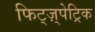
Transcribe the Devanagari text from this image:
फिट्ज़्पेट्रिक